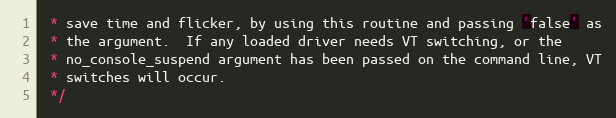
Language: C
 * save time and flicker, by using this routine and passing 'false' as
 * the argument.  If any loaded driver needs VT switching, or the
 * no_console_suspend argument has been passed on the command line, VT
 * switches will occur.
 */